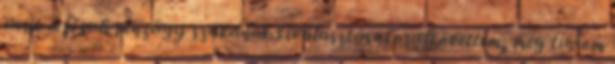
amit a fősuli pénzügy szakának kiválasztásakor elkövettem, még tudom